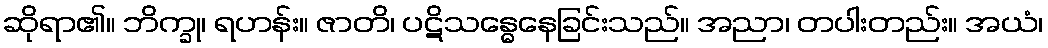
ဆိုရာ၏။ ဘိက္ခု၊ ရဟန်း။ ဇာတိ၊ ပဋိသန္ဓေနေခြင်းသည်။ အညာ၊ တပါးတည်း။ အယံ၊